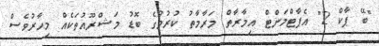
"ބޭ ޕާކް 2" އެޕާޓްމަންޓް އިމާރާތް މަރާމާތު ކުރުމުގެ ބޮޑު މަޝްރޫއުތަކެއް މިހާރުވެސް